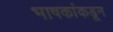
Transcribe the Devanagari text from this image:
भाषकांकडून